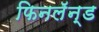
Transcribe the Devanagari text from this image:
फिनलॅन्ड